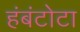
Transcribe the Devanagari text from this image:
हंबंटोटा